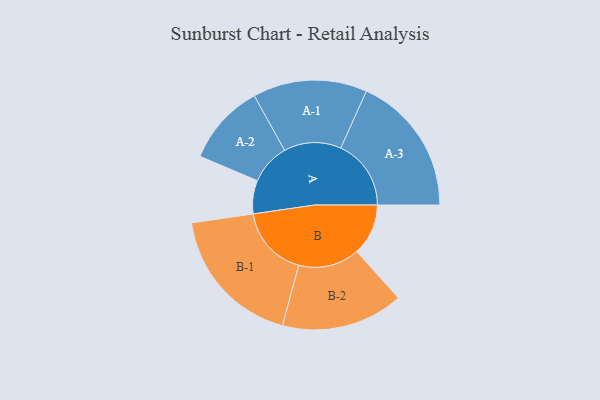
{"axis": {"x": "Segment", "y": "Value"}, "legend": ["", "A", "B"], "data": [{"x": "A", "y": 136, "type": ""}, {"x": "B", "y": 210, "type": ""}, {"x": "A-1", "y": 233, "type": "A"}, {"x": "A-2", "y": 166, "type": "A"}, {"x": "A-3", "y": 287, "type": "A"}, {"x": "B-1", "y": 291, "type": "B"}, {"x": "B-2", "y": 249, "type": "B"}]}